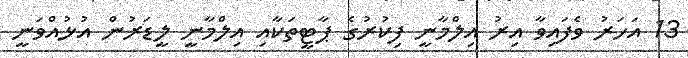
13 އަހަރު ވެފައިވާ އިރު އިލްމާނީ ފިކުރުގެ ޕާޓީތަކާއި އިލްމާނީ ލީޑަރުން އުޅުއްވަނީ